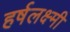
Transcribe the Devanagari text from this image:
हर्षलक्ष्मी